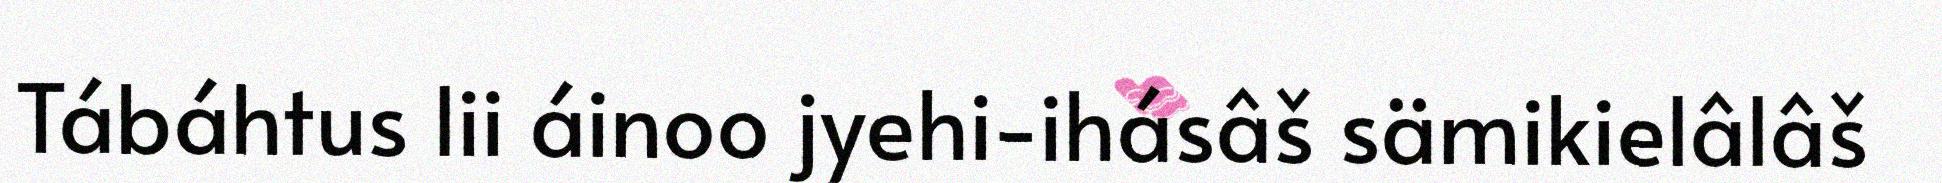
Tábáhtus lii áinoo jyehi-ihásâš sämikielâlâš